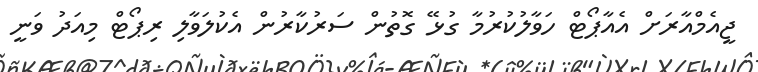
ޖީއެމްއާރަށް އެއާޕޯޓް ހަވާލުކުރުމާ ގުޅޭ ގޮތުން ސަރުކާރުން އެކުލަވާލި ރިޕޯޓް މިއަދު ވަނީ